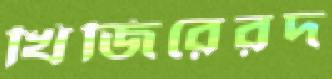
খিজিরেরদ